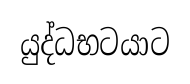
යුද්ධභටයාට